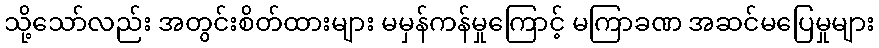
သို့သော်လည်း အတွင်းစိတ်ထားများ မမှန်ကန်မှုကြောင့် မကြာခဏ အဆင်မပြေမှုများ